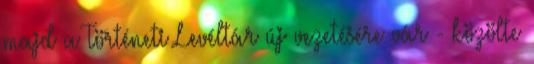
majd a Történeti Levéltár új vezetésére vár - közölte